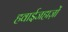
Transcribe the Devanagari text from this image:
हवाईजहाज़ों